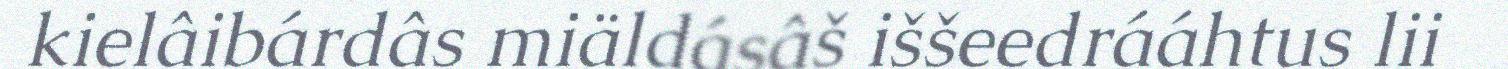
kielâibárdâs miäldásâš iššeedrááhtus lii